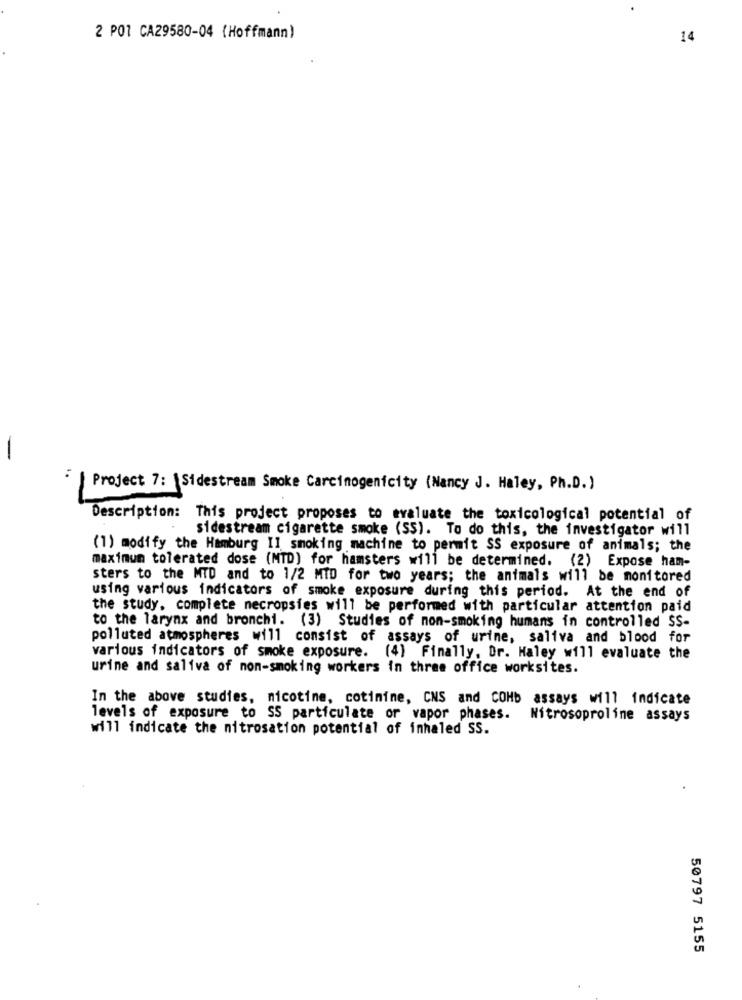
2 POI CA29580-04 (Hoffmann)
14
-
. .
Project 7: \Sidestream Smoke Carcinogenicity (Nancy J. Haley, Ph.D.)
Description: This project proposes to evaluate the toxicological potential of
sidestream cigarette smoke (SS). To do this, the investigator will
(1) modify the Hamburg II smoking machine to permit SS exposure of animals; the
maximum tolerated dose (MTD) for hamsters will be determined. (2) Expose ham-
sters to the MTD and to 1/2 MID for two years; the animals will be monitored
using various indicators of smoke exposure during this period. At the end of
the study, complete necropsies will be performed with particular attention paid
to the larynx and bronchi. (3) Studies of non-smoking humans in controlled SS-
polluted atmospheres will consist of assays of urine, saliva and blood for
various indicators of smoke exposure. (4) Finally, Dr. Haley will evaluate the
urine and saliva of non-smoking workers in three office worksites.
In the above studies, nicotine, cotimine, CNS and COHb assays will indicate
levels of exposure to SS particulate or vapor phases.
Nitrosoproline assays
will indicate the nitrosation potential of inhaled SS.
50797 5155